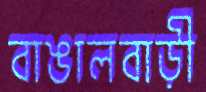
বাঙালবাড়ী